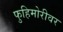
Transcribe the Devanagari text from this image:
फुहिमोरीवर